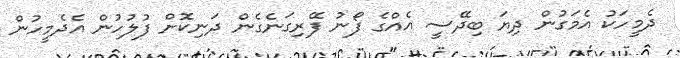
ދެމީހަކު އެމަގުން ދިޔަ ބިދޭސީ އެއްގެ ފޯނު ފޭރިގަނެގެން ދަނިކޮށް ފުލުހުން އެދެމީހުން